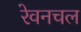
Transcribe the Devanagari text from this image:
रेवनचल